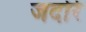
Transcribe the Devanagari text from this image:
जदोरे